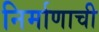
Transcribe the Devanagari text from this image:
निर्माणाची